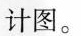
计图。